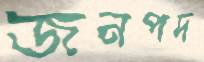
জনপদ